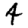
Digit: 4